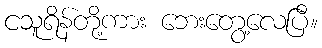
ငသူရိန်တို့ကား ဘေးတွေ့လေပြီ။